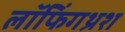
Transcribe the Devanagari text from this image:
लॉफिंगथ्रश